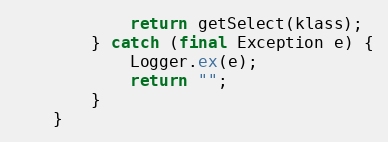
Language: Java
			return getSelect(klass);
		} catch (final Exception e) {
			Logger.ex(e);
			return "";
		}
	}